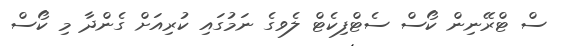
ސް ޓްރޭނިން ކޯސް ސެޓްފިކެޓް ލެވގެ ނަމުގައި ކުރިއަށް ގެންދާ މި ކޯސް